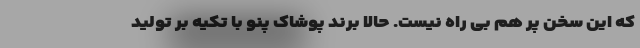
که این سخن پر هم بی راه نیست. حالا برند پوشاک پنو با تکیه بر تولید